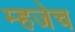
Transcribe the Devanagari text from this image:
म्हजेच